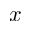
\boldsymbol { x }